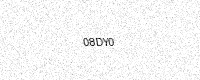
Text: 08DY0